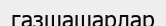
газшашарлар